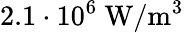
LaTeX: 2.1\cdot 10^{6}~\mathrm{W}/\mathrm{m}^{3}